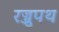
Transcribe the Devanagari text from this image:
रज्जुपथ